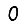
Digit: 0